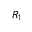
R _ { 1 }